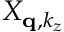
X _ { \mathbf q , k _ { z } }